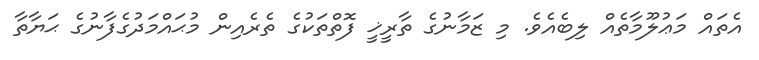
އެތައް މަޢުލޫމާތެއް ލިބެއެވެ. މި ޒަމާނުގެ ތާރީޚީ ފޮތްތަކުގެ ތެރެއިން މުޙައްމަދުގެފާނުގެ ޙަޔާތާ